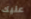
عليك